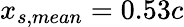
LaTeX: x_{s,mean}=0.53c